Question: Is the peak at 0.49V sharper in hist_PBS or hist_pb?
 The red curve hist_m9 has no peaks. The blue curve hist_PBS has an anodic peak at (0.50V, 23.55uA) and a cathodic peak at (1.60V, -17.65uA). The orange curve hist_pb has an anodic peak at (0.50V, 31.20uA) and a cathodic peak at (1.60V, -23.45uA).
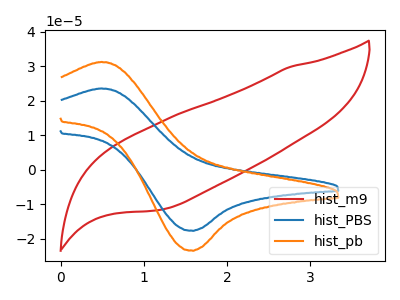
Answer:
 <answer>The peak at 0.49V is lower in "hist_PBS" than in "hist_pb".</answer>
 <eval>lower</eval>